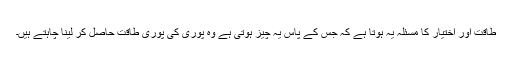
طاقت اور اختیار کا مسئلہ یہ ہوتا ہے کہ جس کے پاس یہ چیز ہوتی ہے وہ پوری کی پوری طاقت حاصل کر لینا چاہتے ہیں۔